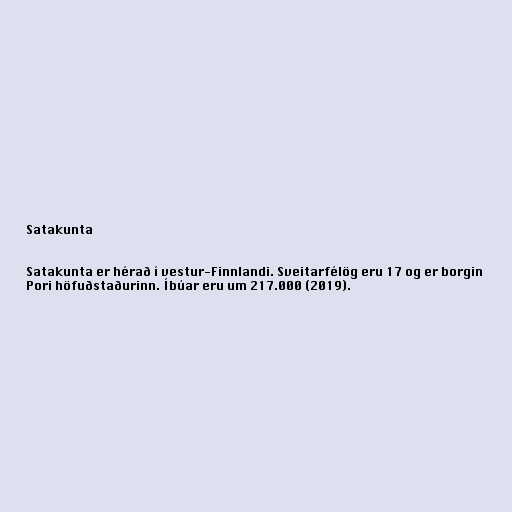
Satakunta

Satakunta er hérað í vestur-Finnlandi. Sveitarfélög eru 17 og er borgin
Pori höfuðstaðurinn. Íbúar eru um 217.000 (2019).